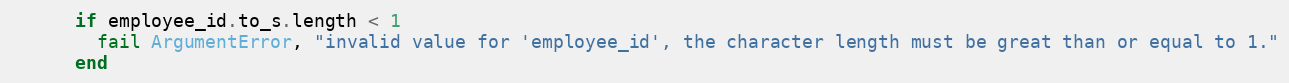
Language: Ruby
      if employee_id.to_s.length < 1
        fail ArgumentError, "invalid value for 'employee_id', the character length must be great than or equal to 1."
      end